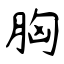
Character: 胸